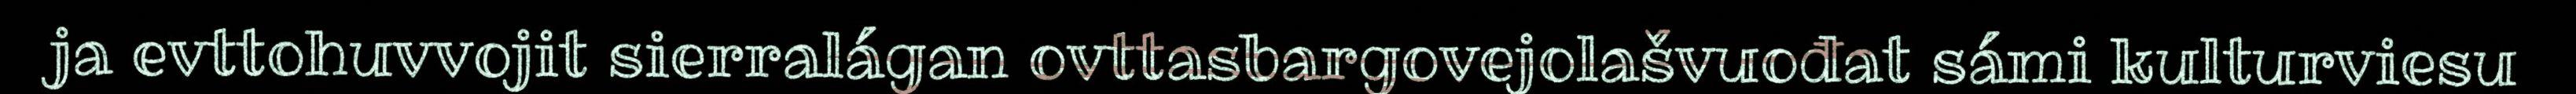
ja evttohuvvojit sierralágan ovttasbargovejolašvuođat sámi kulturviesu